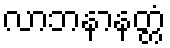
လာဘနာနတ္တံ